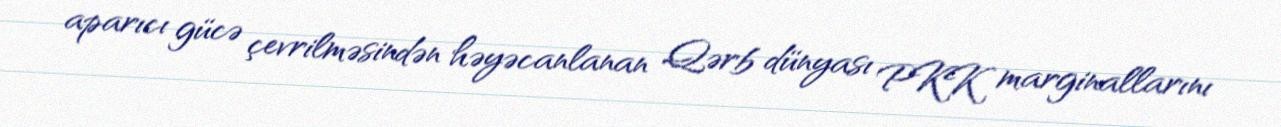
aparıcı gücə çevrilməsindən həyəcanlanan Qərb dünyası PKK marginallarını